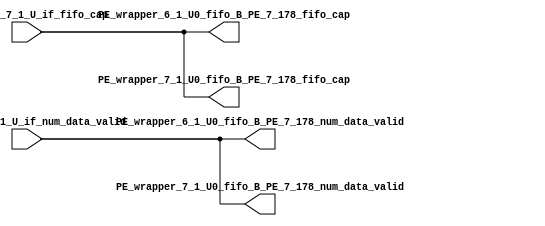
// ==================================================
// RTL generated by RapidStream
//
// Copyright 2024 RapidStream Design Automation, Inc.
// All Rights Reserved.
// ==================================================
`timescale 1 ns / 1 ps
module __rs_kernel3_aux_split_aux_132 #(
    parameter C_S_AXI_CONTROL_DATA_WIDTH  = 32,
    parameter C_S_AXI_CONTROL_ADDR_WIDTH  = 6,
    parameter C_S_AXI_DATA_WIDTH          = 32,
    parameter C_M_AXI_GMEM_A_ID_WIDTH     = 1,
    parameter C_M_AXI_GMEM_A_ADDR_WIDTH   = 64,
    parameter C_M_AXI_GMEM_A_DATA_WIDTH   = 512,
    parameter C_M_AXI_GMEM_A_AWUSER_WIDTH = 1,
    parameter C_M_AXI_GMEM_A_ARUSER_WIDTH = 1,
    parameter C_M_AXI_GMEM_A_WUSER_WIDTH  = 1,
    parameter C_M_AXI_GMEM_A_RUSER_WIDTH  = 1,
    parameter C_M_AXI_GMEM_A_BUSER_WIDTH  = 1,
    parameter C_M_AXI_GMEM_A_USER_VALUE   = 0,
    parameter C_M_AXI_GMEM_A_PROT_VALUE   = 0,
    parameter C_M_AXI_GMEM_A_CACHE_VALUE  = 3,
    parameter C_M_AXI_DATA_WIDTH          = 32,
    parameter C_M_AXI_GMEM_B_ID_WIDTH     = 1,
    parameter C_M_AXI_GMEM_B_ADDR_WIDTH   = 64,
    parameter C_M_AXI_GMEM_B_DATA_WIDTH   = 512,
    parameter C_M_AXI_GMEM_B_AWUSER_WIDTH = 1,
    parameter C_M_AXI_GMEM_B_ARUSER_WIDTH = 1,
    parameter C_M_AXI_GMEM_B_WUSER_WIDTH  = 1,
    parameter C_M_AXI_GMEM_B_RUSER_WIDTH  = 1,
    parameter C_M_AXI_GMEM_B_BUSER_WIDTH  = 1,
    parameter C_M_AXI_GMEM_B_USER_VALUE   = 0,
    parameter C_M_AXI_GMEM_B_PROT_VALUE   = 0,
    parameter C_M_AXI_GMEM_B_CACHE_VALUE  = 3,
    parameter C_M_AXI_GMEM_C_ID_WIDTH     = 1,
    parameter C_M_AXI_GMEM_C_ADDR_WIDTH   = 64,
    parameter C_M_AXI_GMEM_C_DATA_WIDTH   = 512,
    parameter C_M_AXI_GMEM_C_AWUSER_WIDTH = 1,
    parameter C_M_AXI_GMEM_C_ARUSER_WIDTH = 1,
    parameter C_M_AXI_GMEM_C_WUSER_WIDTH  = 1,
    parameter C_M_AXI_GMEM_C_RUSER_WIDTH  = 1,
    parameter C_M_AXI_GMEM_C_BUSER_WIDTH  = 1,
    parameter C_M_AXI_GMEM_C_USER_VALUE   = 0,
    parameter C_M_AXI_GMEM_C_PROT_VALUE   = 0,
    parameter C_M_AXI_GMEM_C_CACHE_VALUE  = 3,
    parameter C_S_AXI_CONTROL_WSTRB_WIDTH = 4,
    parameter C_S_AXI_WSTRB_WIDTH         = 4,
    parameter C_M_AXI_GMEM_A_WSTRB_WIDTH  = 64,
    parameter C_M_AXI_WSTRB_WIDTH         = 4,
    parameter C_M_AXI_GMEM_B_WSTRB_WIDTH  = 64,
    parameter C_M_AXI_GMEM_C_WSTRB_WIDTH  = 64
) (
    output wire [1:0] PE_wrapper_6_1_U0_fifo_B_PE_7_178_fifo_cap,
    output wire [1:0] PE_wrapper_6_1_U0_fifo_B_PE_7_178_num_data_valid,
    output wire [1:0] PE_wrapper_7_1_U0_fifo_B_PE_7_178_fifo_cap,
    output wire [1:0] PE_wrapper_7_1_U0_fifo_B_PE_7_178_num_data_valid,
    input wire  [1:0] fifo_B_PE_7_1_U_if_fifo_cap,
    input wire  [1:0] fifo_B_PE_7_1_U_if_num_data_valid
);
assign PE_wrapper_6_1_U0_fifo_B_PE_7_178_fifo_cap = fifo_B_PE_7_1_U_if_fifo_cap;
assign PE_wrapper_6_1_U0_fifo_B_PE_7_178_num_data_valid = fifo_B_PE_7_1_U_if_num_data_valid;
assign PE_wrapper_7_1_U0_fifo_B_PE_7_178_fifo_cap = fifo_B_PE_7_1_U_if_fifo_cap;
assign PE_wrapper_7_1_U0_fifo_B_PE_7_178_num_data_valid = fifo_B_PE_7_1_U_if_num_data_valid;
endmodule